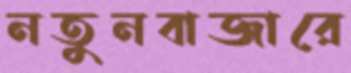
নতুনবাজারে